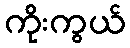
ကိုးကွယ်